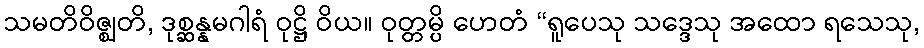
သမတိဝိဇ္ဈတိ, ဒုစ္ဆန္နမဂါရံ ဝုဋ္ဌိ ဝိယ။ ဝုတ္တမ္ပိ ဟေတံ “ရူပေသု သဒ္ဒေသု အထော ရသေသု,